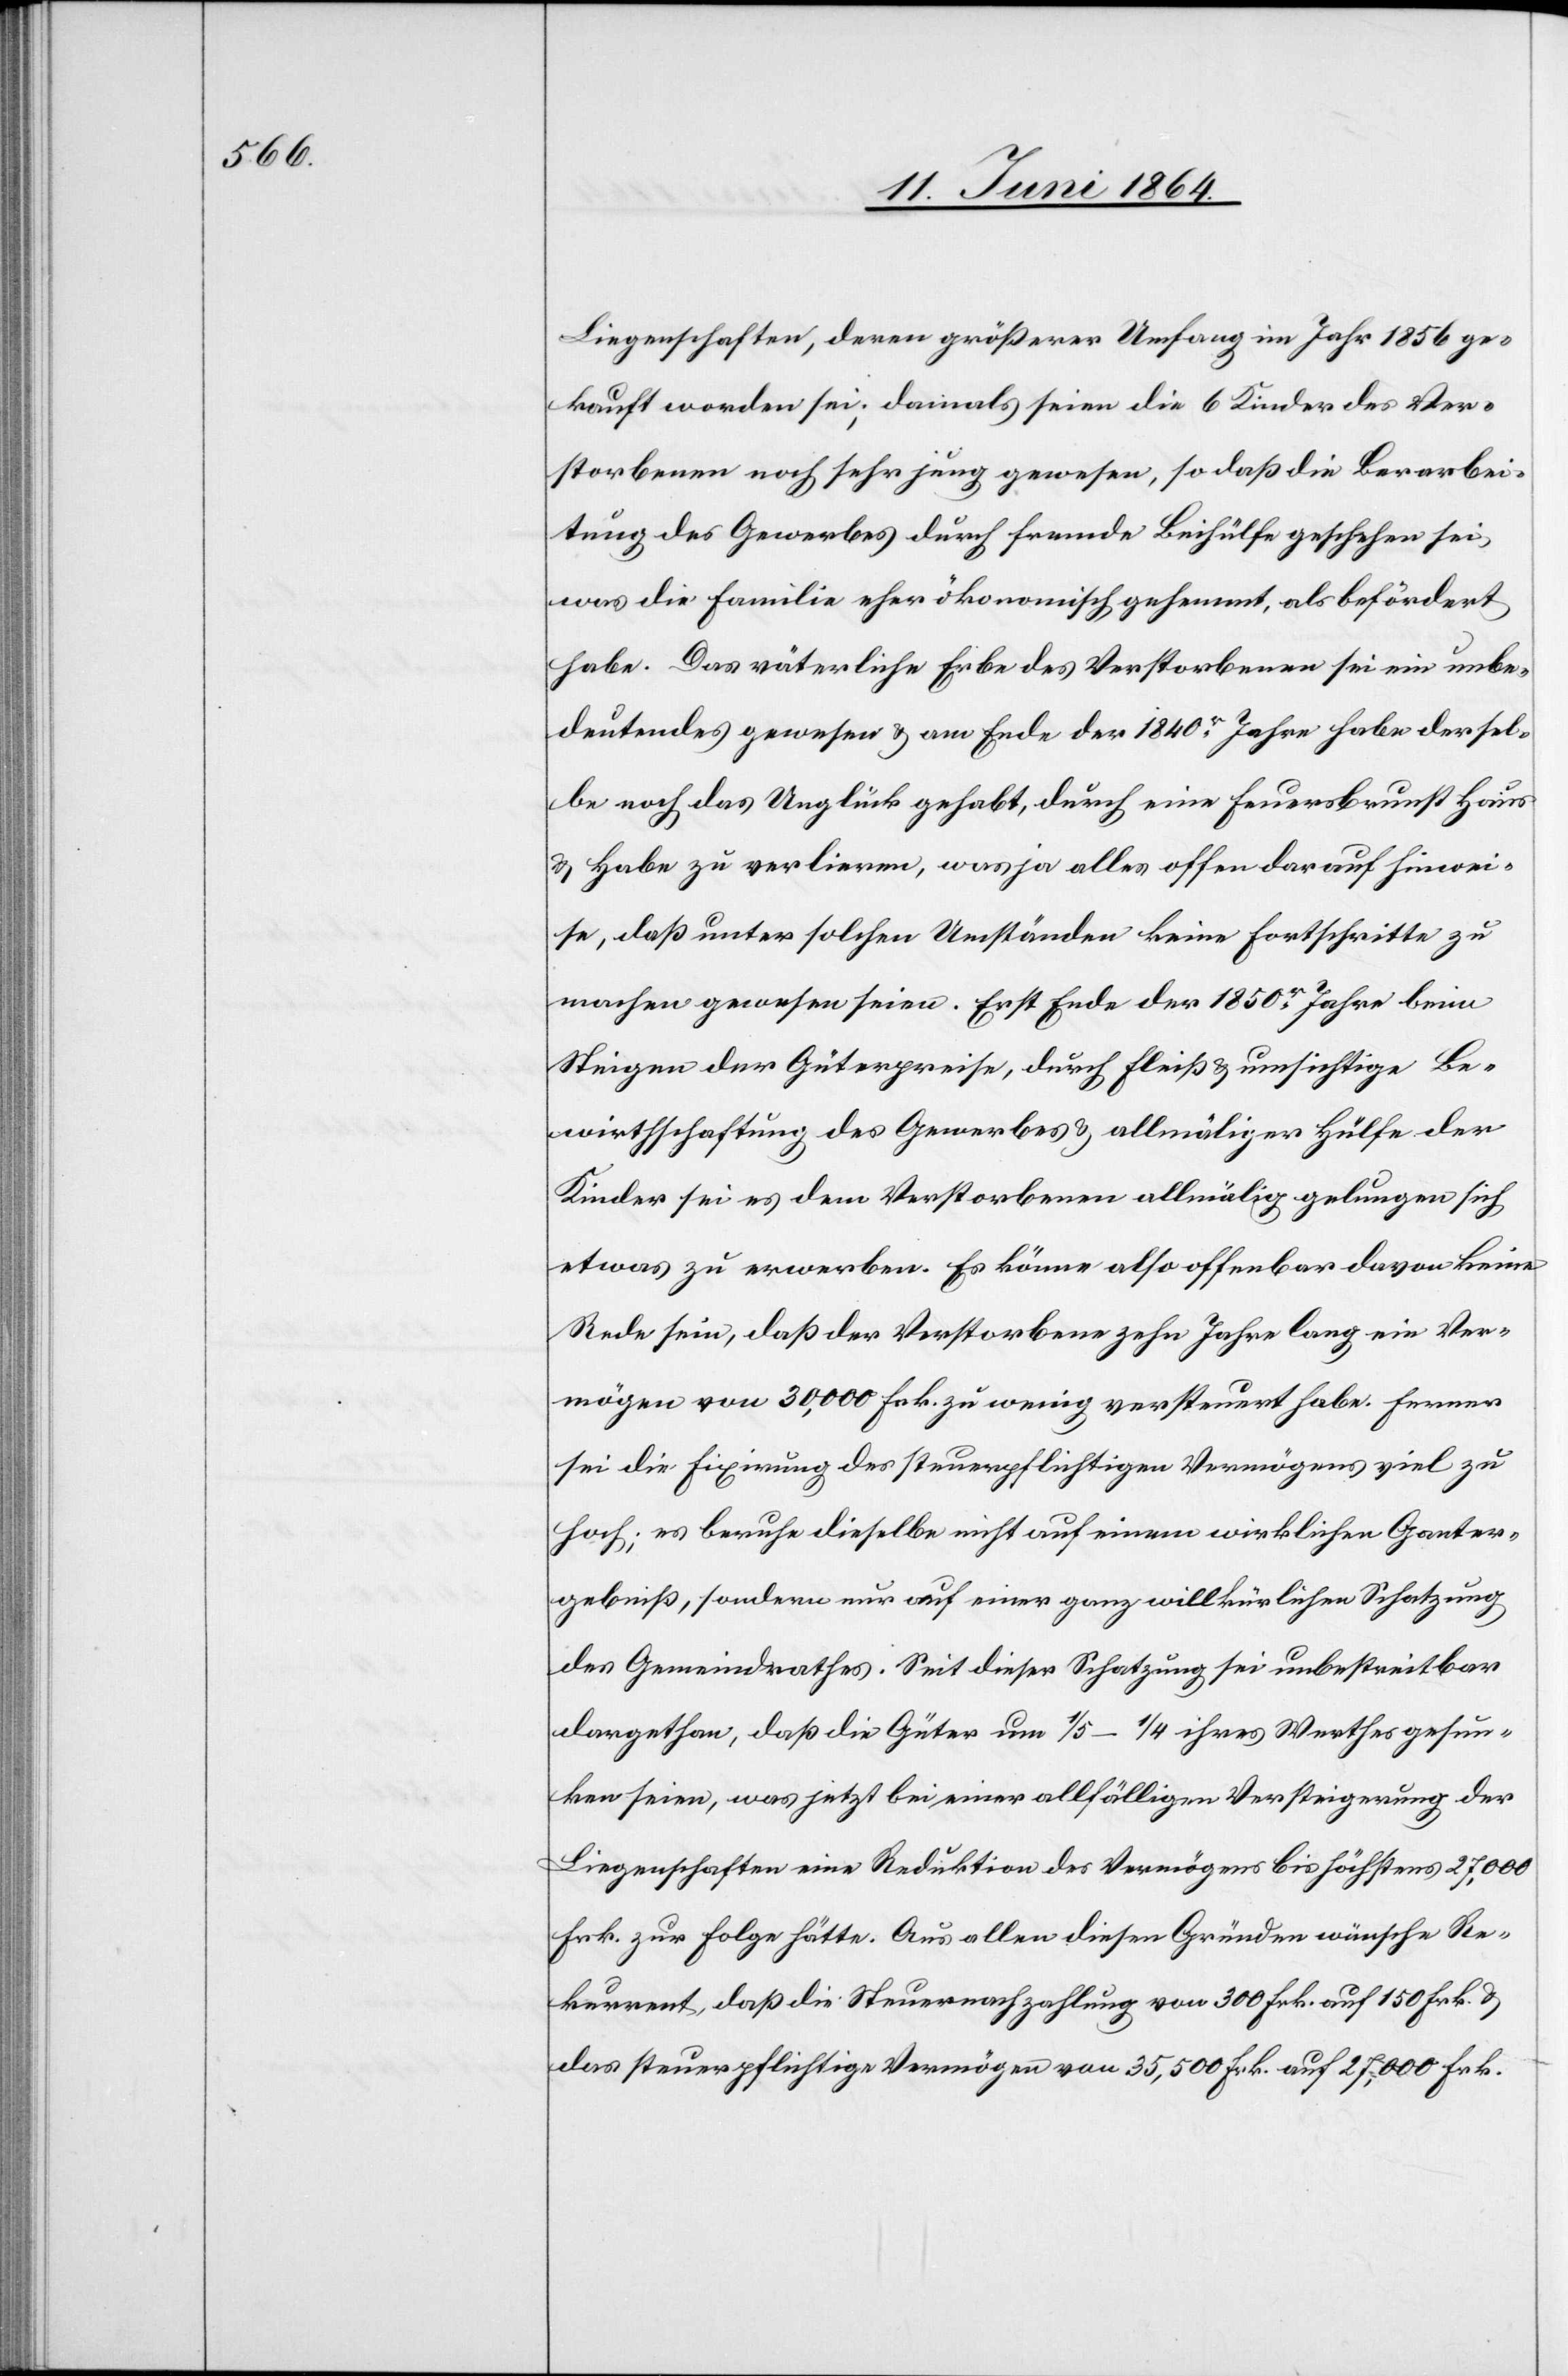
Liegenschaften, deren größerer Umfang im Jahr 1856 ge¬
kauft worden sei; damals seien die 6 Kinder des Ver¬
storbenen noch sehr jung gewesen, so daß die Bearbei¬
tung des Gewerbes durch fremde Beihülfe geschehen sei,
was die Familie eher ökonomisch gehemmt, als befördert
habe. Das väterliche Erbe des Verstorbenen sei ein unbe¬
deutendes gewesen u. am Ende der 1840r Jahre habe dersel¬
be noch das Unglück gehabt, durch eine Feuersbrunst Haus
u. Habe zu verlieren, was ja alles offen darauf hinwei¬
se, daß unter solchen Umständen keine Fortschritte zu
machen gewesen seien. Erst Ende der 1850r Jahre beim
Steigen der Güterpreise, durch Fleiß u. umsichtige Be¬
wirthschaftung des Gewerbes u. allmäliger Hülfe der
Kinder sei es dem Verstorbenen allmälig gelungen sich
etwas zu erwerben. Es könne also offenbar davon keine
Rede sein, daß der Verstorbene zehn Jahre lang ein Ver¬
mögen von 30,000 Frk. zu wenig versteuert habe. Ferner
sei die Fixirung des steuerpflichtigen Vermögens viel zu
hoch; es beruhe dieselbe nicht auf einem wirklichen Ganter¬
gebniß, sondern nur auf einer ganz willkürlichen Schatzung
des Gemeindrathes. Seit dieser Schatzung sei unbestreitbar
dargethan, daß die Güter um 1/5 – 1/4 ihres Werthes gesun¬
ken seien, was jetzt bei einer allfälligen Versteigerung der
Liegenschaften einer Reduktion des Vermögens bis höchstens 27,000
Frk. zur Folge hätte. Aus allen diesen Gründen wünsche Re¬
kurrent, daß die Steuernachzahlung von 300 Frk. auf 150 Frk. u.
das steuerpflichtige Vermögen von 35,500 Frk. auf 27,000 Frk.